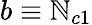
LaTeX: b\equiv\mathbb{N}_{c1}